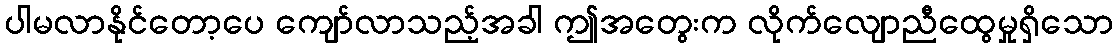
ပါမလာနိုင်တော့ပေ ကျော်လာသည့်အခါ ဤအတွေးက လိုက်လျောညီထွေမှုရှိသော